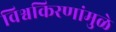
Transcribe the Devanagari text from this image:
विश्वकिरणांमुळे